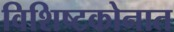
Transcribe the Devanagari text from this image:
विशिष्टकोनात